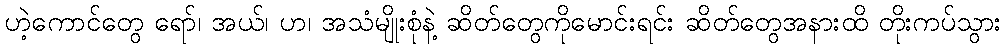
ဟဲ့ကောင်တွေ ရော်၊ အယ်၊ ဟ၊ အသံမျိုးစုံနဲ့ ဆိတ်တွေကိုမောင်းရင်း ဆိတ်တွေအနားထိ တိုးကပ်သွား